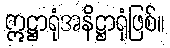
ဣဋ္ဌာရုံအနိဋ္ဌာရုံဖြစ်။